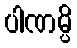
ပါဏမ္ပိ